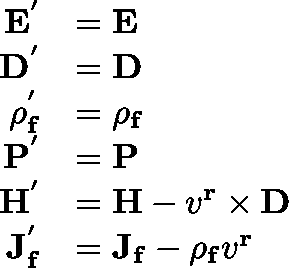
{ \begin{array} { r l } { \mathbf { E ^ { ' } } } & { = \mathbf { E } } \\ { \mathbf { D ^ { ' } } } & { = \mathbf { D } } \\ { \mathbf { \rho _ { f } ^ { ' } } } & { = \mathbf { \rho _ { f } } } \\ { \mathbf { P ^ { ' } } } & { = \mathbf { P } } \\ { \mathbf { H ^ { ' } } } & { = \mathbf { H } - v ^ { \mathbf { r } } \times \mathbf { D } } \\ { \mathbf { J _ { f } ^ { ' } } } & { = \mathbf { J _ { f } } - \rho _ { \mathbf { f } } v ^ { \mathbf { r } } } \end{array} }